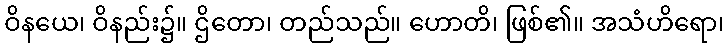
ဝိနယေ၊ ဝိနည်း၌။ ဌိတော၊ တည်သည်။ ဟောတိ၊ ဖြစ်၏။ အသံဟိရော၊